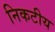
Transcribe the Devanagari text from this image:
निकटीय